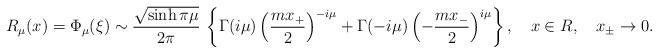
\begin{align*}R_{\mu}(x)=\Phi_{\mu}(\xi)\sim\frac{\sqrt{\sinh\pi\mu}}{2\pi}\,\left\{\Gamma(i\mu)\left(\frac{mx_+}2\right)^{-i\mu}+\Gamma(-i\mu)\left(-\frac{mx_-}2\right)^{i\mu}\right\},\quad x\in R,\quad x_{\pm}\to 0.\end{align*}